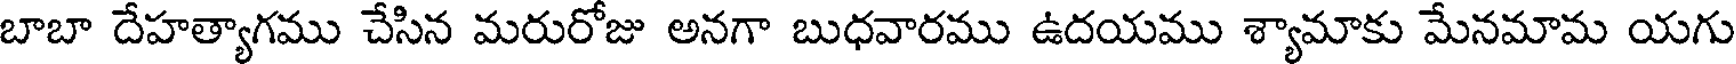
బాబా దేహత్యాగము చేసిన మరురోజు అనగా బుధవారము ఉదయము శ్యామాకు మేనమామ యగు